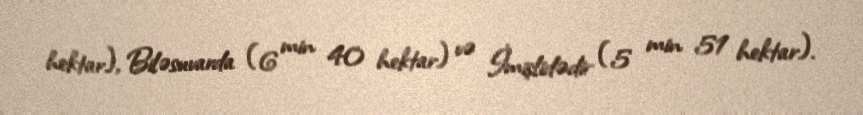
hektar), Biləsuvarda (6 min 40 hektar) və İmişlidədir (5 min 51 hektar).